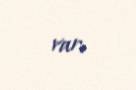
var.